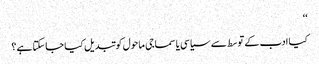
‘‘
کیا ادب کے توسط سے سیاسی یا سماجی ماحول کو تبدیل کیا جاسکتا ہے؟